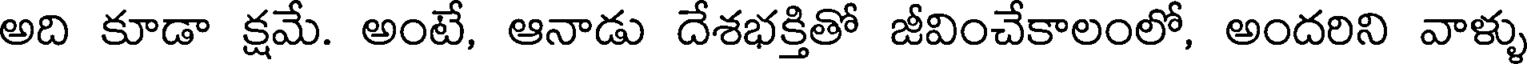
అది కూడా క్షమే. అంటే, ఆనాడు దేశభక్తితో జీవించేకాలంలో, అందరిని వాళ్ళు